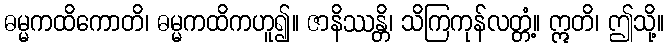
ဓမ္မကထိကောတိ၊ ဓမ္မကထိကဟူ၍။ ဇာနိဿန္တိ၊ သိကြကုန်လတ္တံ့။ ဣတိ၊ ဤသို့။